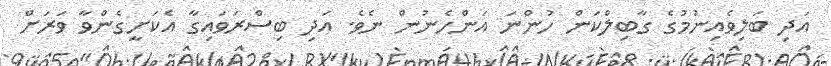
އަދި ބަލިވެއިނުމުގެ ގާބިލްކަން ހުންނަ އަންހެނުން ނެވެ. އަދި ބިސްރަވައިގާ އެކަށީގެންވާ ވަރަށް